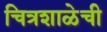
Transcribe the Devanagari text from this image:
चित्रशाळेची